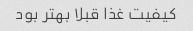
کیفیت غذا قبلا بهتر بود